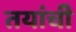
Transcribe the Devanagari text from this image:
तयांची